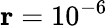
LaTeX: \mathbf{r}=10^{-6}